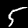
Digit: 5